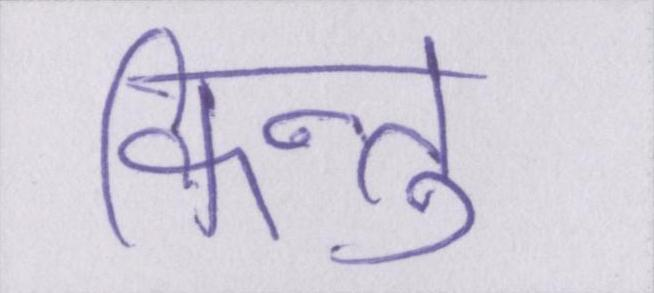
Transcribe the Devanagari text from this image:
किन्तु